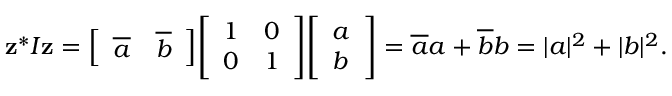
\mathbf { z } ^ { * } I \mathbf { z } = { \left[ \begin{array} { l l } { { \overline { { a } } } } & { { \overline { { b } } } } \end{array} \right] } { \left[ \begin{array} { l l } { 1 } & { 0 } \\ { 0 } & { 1 } \end{array} \right] } { \left[ \begin{array} { l } { a } \\ { b } \end{array} \right] } = { \overline { { a } } } a + { \overline { { b } } } b = | a | ^ { 2 } + | b | ^ { 2 } .